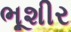
ભૂશીર